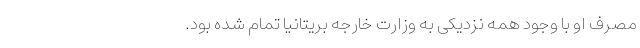
مصرف او با وجود همه نزدیکی به وزارت خارجه بریتانیا تمام شده بود.